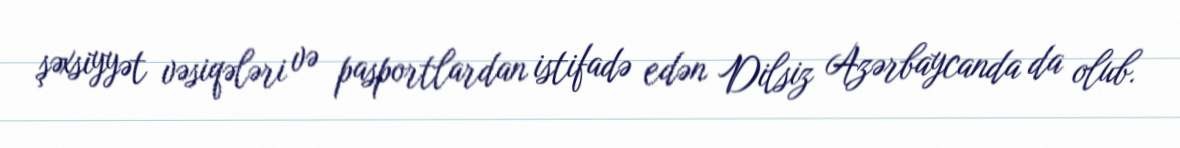
şəxsiyyət vəsiqələri və pasportlardan istifadə edən Dilsiz Azərbaycanda da olub.